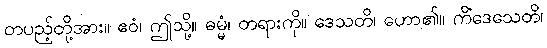
တပည့်တို့အား။ ဧဝံ၊ ဤသို့။ ဓမ္မံ၊ တရားကို။ ဒေသတိ၊ ဟော၏။ ကိံဒေသေတိ၊